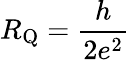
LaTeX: R_{\mathrm{Q}}=\frac{h}{2e^{2}}